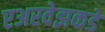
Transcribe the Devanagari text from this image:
एअरवेझकडे